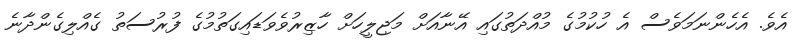
އެވެ. އެހެންނަމަވެސް އެ ހުކުމުގެ މުއްދަތުގައި އޭނާއަށް މަޖިލީހަށް ހާޒިރުވެވަޑައިގަތުމުގެ ފުރުސަތު ގެއްލިގެންދާނެ